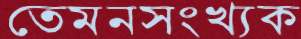
তেমনসংখ্যক